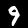
Digit: 9